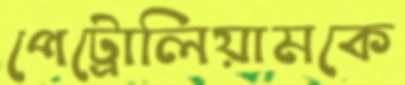
পেট্রোলিয়ামকে